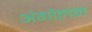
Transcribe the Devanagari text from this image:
अंगोलन